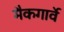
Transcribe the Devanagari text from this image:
मैकगार्वे